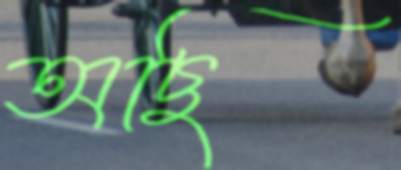
অছি